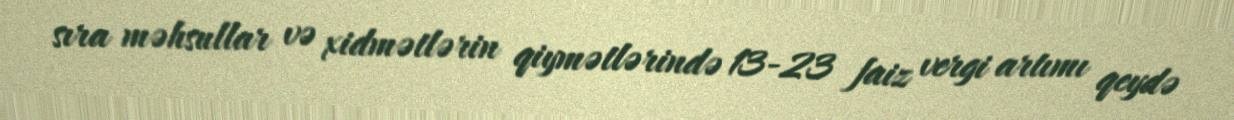
sıra məhsullar və xidmətlərin qiymətlərində 13-23 faiz vergi artımı qeydə